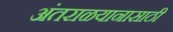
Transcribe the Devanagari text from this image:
अंतराळयानासाठी